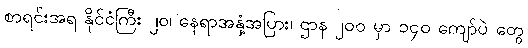
စာရင်းအရ နိုင်ငံကြီး ၂၀၊ နေရာအနှံ့အပြား၊ ဌာန ၂၀၀ မှာ ၁၄၀ ကျော်ပဲ တွေ